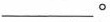
___。